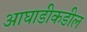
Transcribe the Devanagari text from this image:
आघाडीकडील